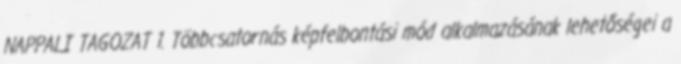
NAPPALI TAGOZAT 1. Többcsatornás képfelbontási mód alkalmazásának lehetőségei a